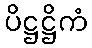
ပိဋ္ဌဋ္ဌိကံ